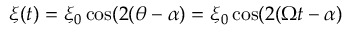
\xi ( t ) = \xi _ { 0 } \cos ( 2 ( \theta - \alpha ) = \xi _ { 0 } \cos ( 2 ( \Omega t - \alpha )